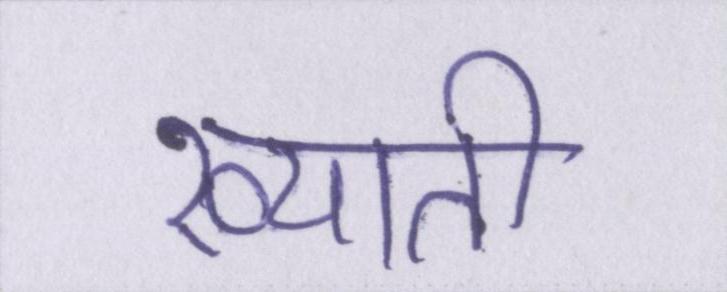
ख्याती